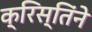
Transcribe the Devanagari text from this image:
क्रिस्तिंने